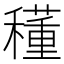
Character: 𥣑